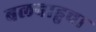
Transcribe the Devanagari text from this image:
बलबाहुचा